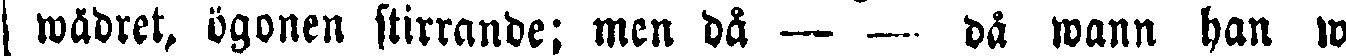
wädret, ögonen stirrande: men då - - då wann han wid